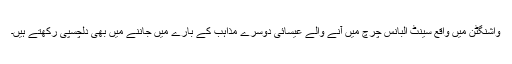
واشنگٹن میں واقع سینٹ البانس چرچ میں آنے والے عیسائی دوسرے مذاہب کے بارے میں جاننے میں بھی دلچسپی رکھتے ہیں۔